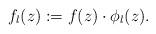
LaTeX: \begin{align*}f_l(z) := f(z) \cdot \phi_l(z).\end{align*}